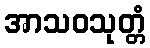
အာသဝသုတ္တံ